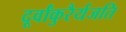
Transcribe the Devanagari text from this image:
दूर्वांकुरैर्यजति